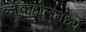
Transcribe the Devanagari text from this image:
ब्लॅकहोलमध्ये